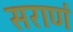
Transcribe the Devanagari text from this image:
सराणं